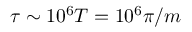
\tau \sim 1 0 ^ { 6 } T = 1 0 ^ { 6 } \pi / m